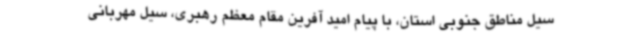
سیل مناطق جنوبی استان، با پیام امید آفرین مقام معظم رهبری، سیل مهربانی